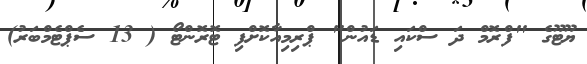
ޔޫޓޫގެ "ފްރޮމް ދަ ސްކައި ޑައުން" ޕްރިމިއާކޮށްފި ޓޮރޮންޓޯ ( 13 ސެޕްޓެމްބަރު)